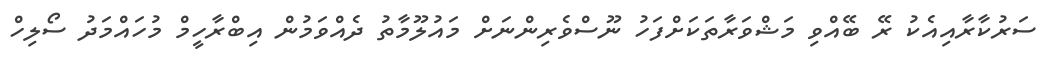
ސަރުކާރާއިއެކު ރޭ ބޭއްވި މަޝްވަރާތަކަށްފަހު ނޫސްވެރިންނަށް މައުލޫމާތު ދެއްވަމުން އިބްރާހީމް މުހައްމަދު ސޯލިހް